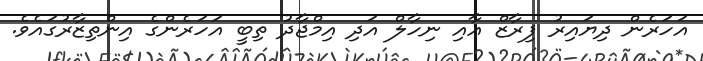
އަހަރެން ދިޔައިރު ފިރާޒް އާއި ނިހާލް އަދި އިމްޖާދު ތިބީ އަހަރެންގެ އިންތިޒާރުގައެވެ.